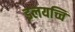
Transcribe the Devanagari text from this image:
इलयच्चि